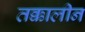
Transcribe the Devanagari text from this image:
तक्कालीन